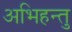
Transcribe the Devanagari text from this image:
अभिहन्तु